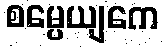
စမ္ပေယျကေ